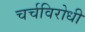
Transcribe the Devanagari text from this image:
चर्चविरोधी